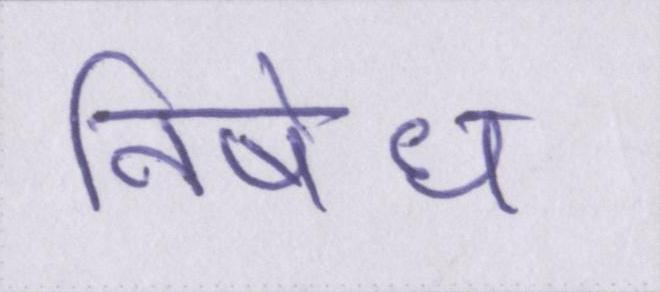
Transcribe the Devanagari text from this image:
निषेध